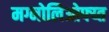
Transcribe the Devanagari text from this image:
मग्नोलिओफ्य्त